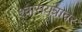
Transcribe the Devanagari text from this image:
श्वासयंत्रावर